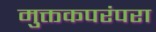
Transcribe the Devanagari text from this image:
मुक्तकपरंपरा